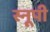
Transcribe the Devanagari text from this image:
स्नूपी